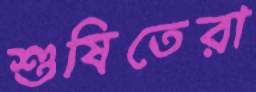
শুষিতেরা